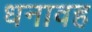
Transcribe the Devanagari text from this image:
धनावह